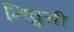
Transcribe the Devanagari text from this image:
निव्रुत्ती